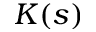
K ( s )